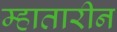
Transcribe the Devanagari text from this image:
म्हातारीन